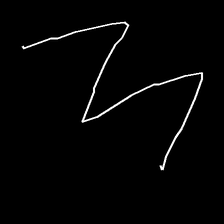
Glyph: crush